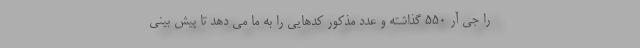
را جی آر 550 گذاشته و عدد مذکور کدهایی را به ما می دهد تا پیش بینی